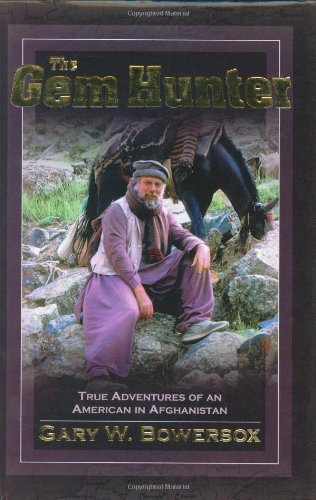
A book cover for The Gem Hunter: True Adventures of an American in Afghanistan; Gary W. Bowersox; Travel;